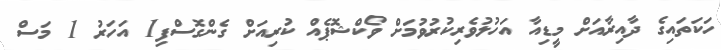
ހަކަތައިގެ ދާއިރާއަށް މީޑިއާ އަހުލުވެރިކުރުވުމަށް ވޯކްޝޮޕެއް ކުރިއަށް ގެންގޮސްފި1 އަހަރު 1 މަސް